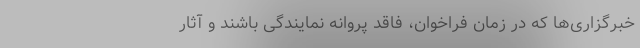
خبرگزاری‌ها که در زمان فراخوان، فاقد پروانه نمایندگی باشند و آثار